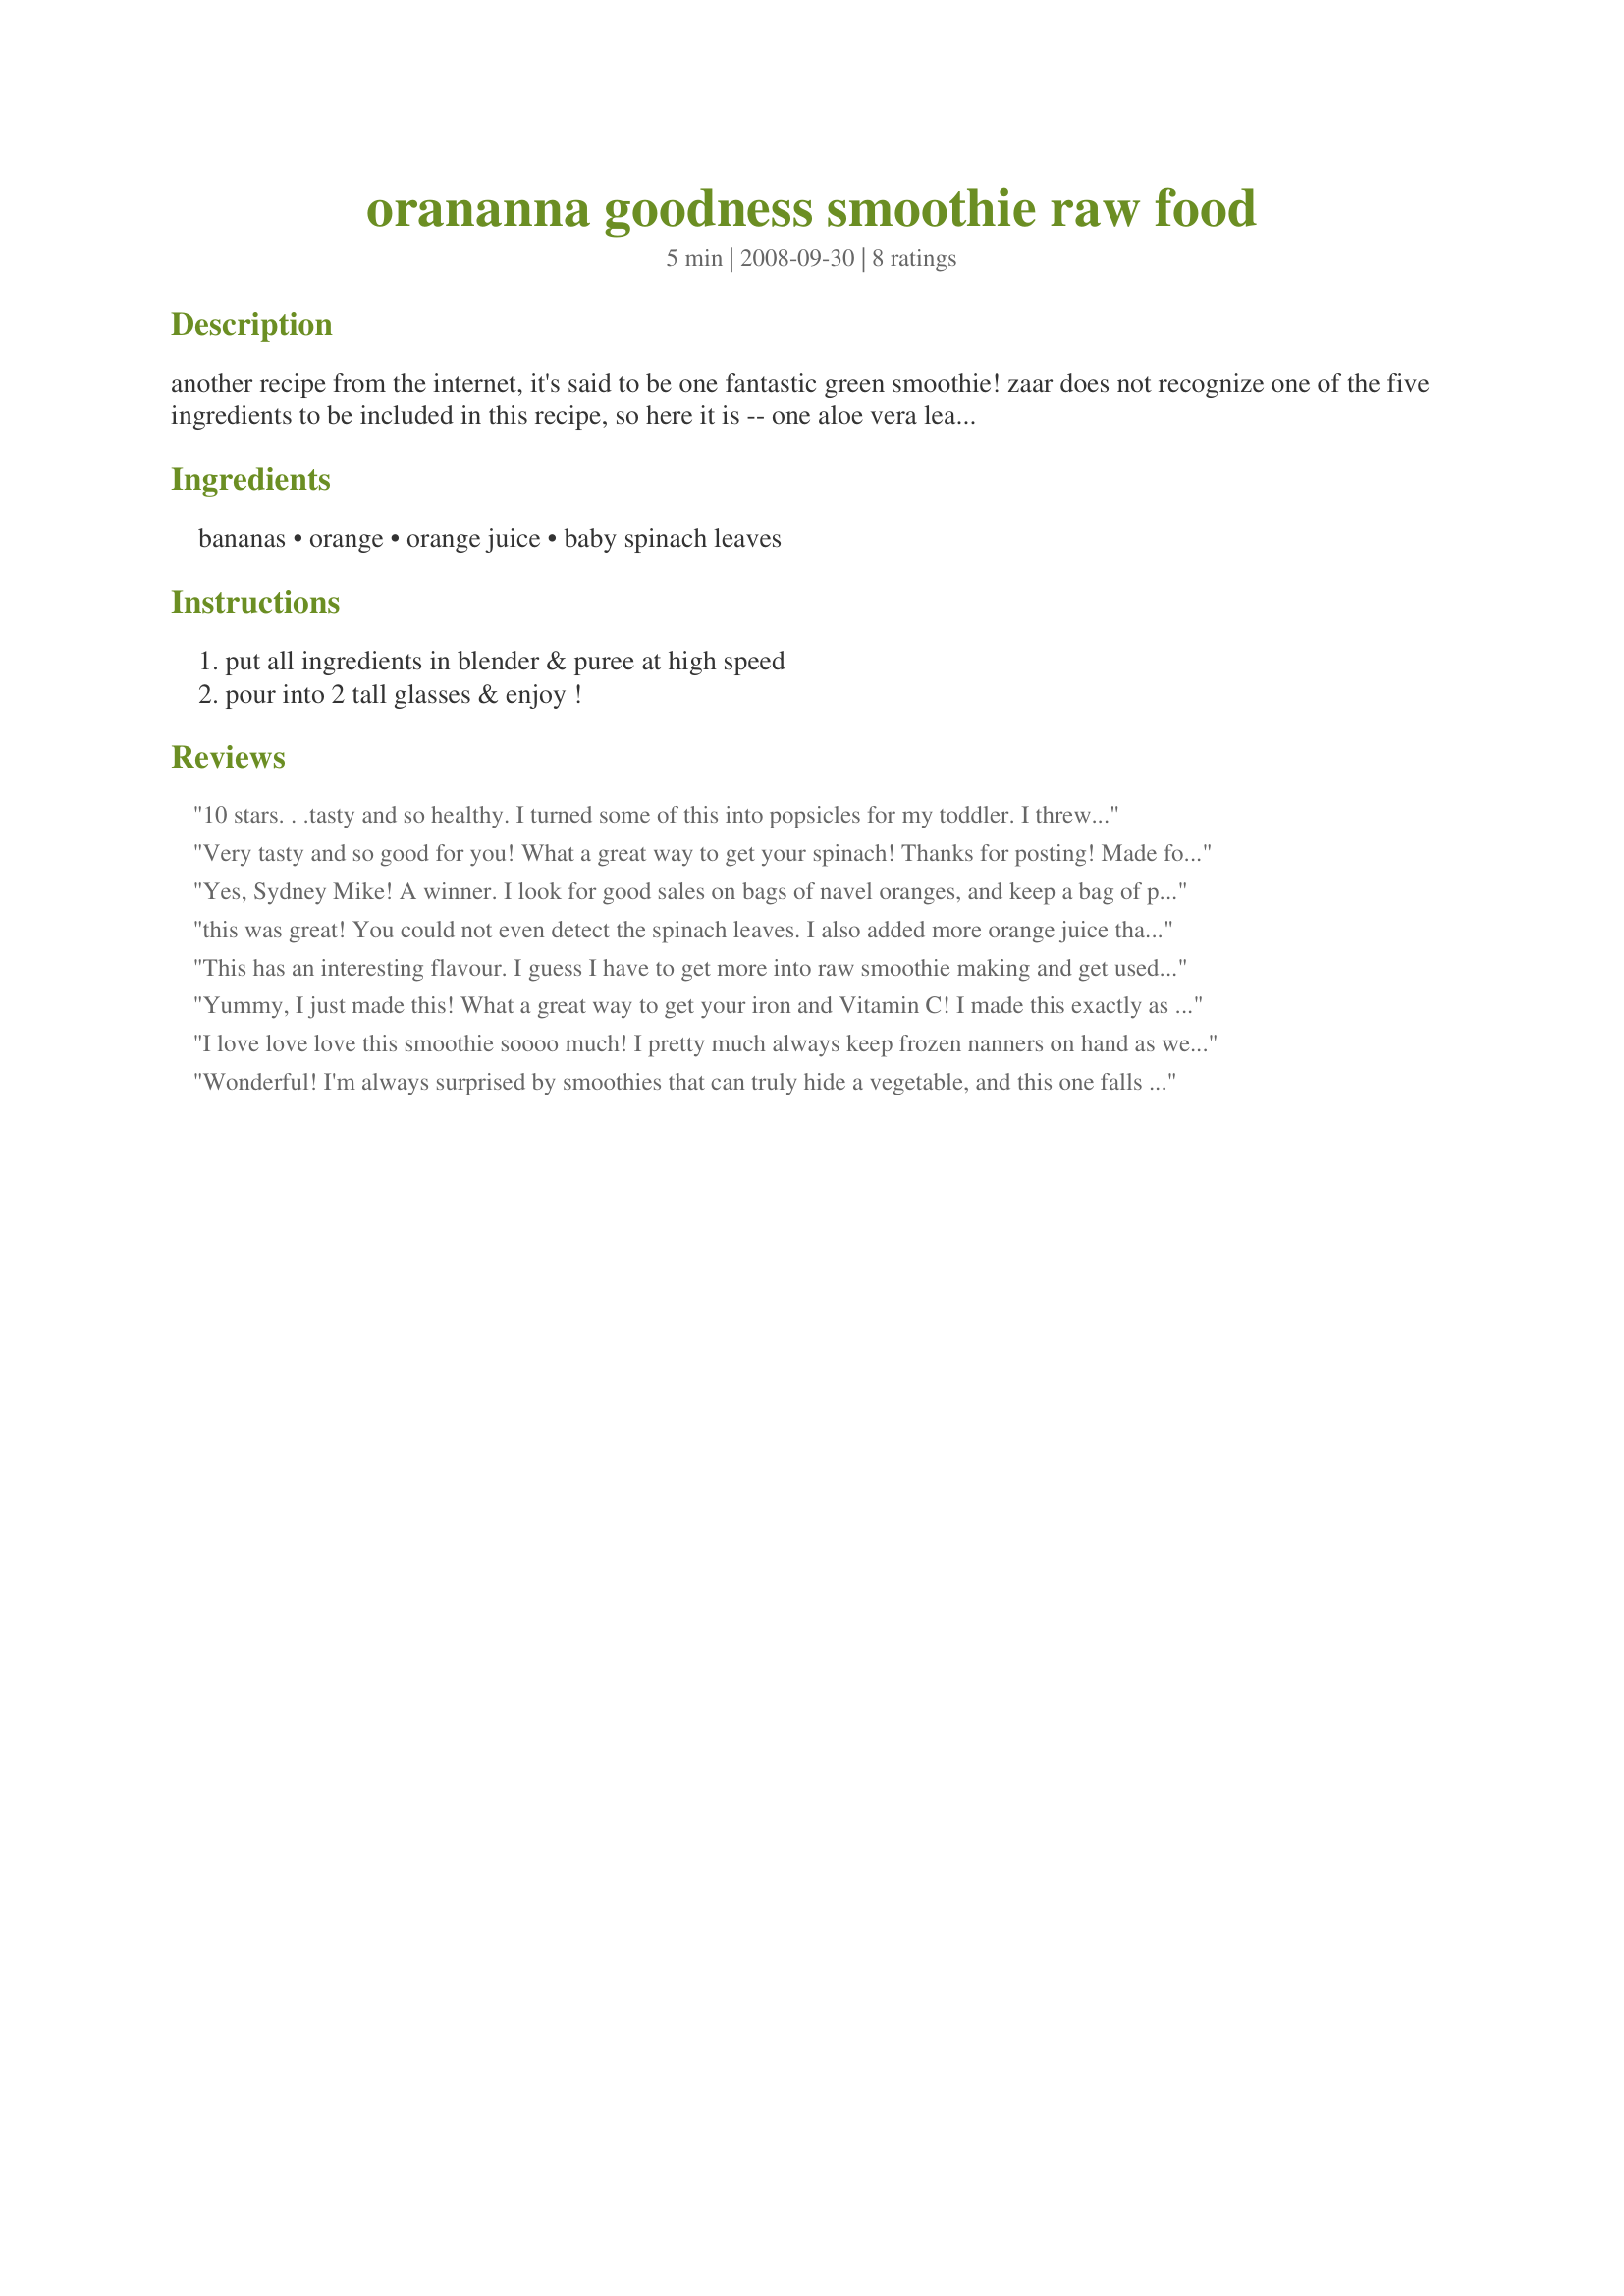
orananna goodness smoothie raw food
Preparation time: 5 minutes

another recipe from the internet, it's said to be one fantastic green smoothie! zaar does not recognize one of the five ingredients to be included in this recipe, so here it is -- one aloe vera leaf, filleted!

Ingredients:
bananas, orange, orange juice, baby spinach leaves

Steps:
put all ingredients in blender & puree at high speed, pour into 2 tall glasses & enjoy !

Reviews:
10 stars. . .tasty and so healthy. I turned some of this into popsicles for my toddler. I threw in some pineapple too which made it even better than it was without! Now that I know the taste of spinach is undetectable, i will be using it MUCH more often in my smoothies! Made for VEG*N tag.
Very tasty and so good for you! What a great way to get your spinach! Thanks for posting! Made for Vegetarian Swap!
Yes, Sydney Mike! A winner. I look for good sales on bags of navel oranges, and keep a bag of peeled chunks in the freezer (along with nanner chunks, peeled when they've begun to freckle) so that I can always make one of these when the mood hits. And what a terrific use for the last of a bag of spinach. The mood hit about five minutes ago, and I'm sipping one as I type this! (And thanks, JanuaryBride, for the idea of turning them into popsicles! We're expecting our first grandDilettant(e) this summer, and I've begun a file of Sneaky Vegetable recipes---this goes in, for sure!)
this was great! You could not even detect the spinach leaves. I also added more orange juice than called for and I added in blueberries. Devine!
This has an interesting flavour. I guess I have to get more into raw smoothie making and get used to baby spinach in my smoothie. I did add about triple the freshly squeezed orange juice. May make again.
Yummy, I just made this! What a great way to get your iron and Vitamin C! <br/>I made this exactly as written, but the smoothie was a bit too thick so I added a bit of ice water to the blender mixture. As with most fruit smoothies, you can't really taste the spinach in this drink. This was the perfect way to use up some of my salad leftovers and oranges. Tip: Chilling the oranges in the fridge beforehand and using frozen bananas, makes for an icy smoothie without having to use ice cubes.<br/>Thank you for the recipe!
I love love love this smoothie soooo much! I pretty much always keep frozen nanners on hand as well as the other ingredients (except the aloe vera which I left out) so this is a great easy throw together breakfast! I love to eat a lot of spinach since it is such a great source of folic acid and I love that I get to have it at breakfast now! :) I also love the whole orange in there just really adds a little something! What can I say? I just love it!Thanks for posting Syd! [Made for PRMR Tag February 2010]
Wonderful! I'm always surprised by smoothies that can truly hide a vegetable, and this one falls into that category. This is a terrific smoothie. You really only taste the orange and banana. I left out the aloe vera leaf, as I didn't have one.
